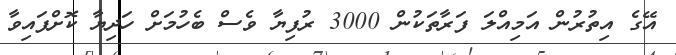
އޭގެ އިތުރުން އަމިއްލަ ފަރާތަކުން 3000 ރުފިޔާ ވެސް ބެހުމަށް ހަދިޔާ ކޮށްފައިވާ